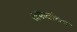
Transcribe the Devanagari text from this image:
अफवांच्या